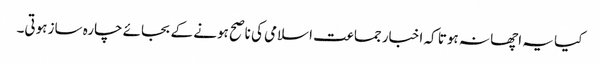
کیا یہ اچھا نہ ہوتا کہ اخبار جماعت اسلامی کی ناصح ہونے کے بجائے چارہ ساز ہوتی۔